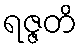
ရဇ္ဇတိ